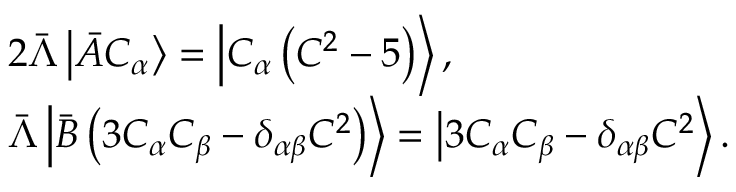
\begin{array} { r l } & { 2 \bar { \Lambda } \left| \bar { A } C _ { \alpha } \right\rangle = \left| C _ { \alpha } \left( { C ^ { 2 } } - { 5 } \right) \right\rangle , } \\ & { \bar { \Lambda } \left| \bar { B } \left( 3 C _ { \alpha } C _ { \beta } - \delta _ { \alpha \beta } C ^ { 2 } \right) \right\rangle = \left| 3 C _ { \alpha } C _ { \beta } - \delta _ { \alpha \beta } C ^ { 2 } \right\rangle . } \end{array}